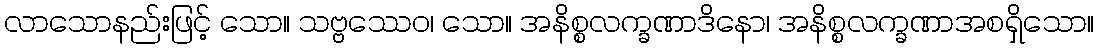
လာသောနည်းဖြင့် သော။ သဗ္ဗဿေဝ၊ သော။ အနိစ္စလက္ခဏာဒိနော၊ အနိစ္စလက္ခဏာအစရှိသော။